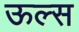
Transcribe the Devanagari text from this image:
ऊल्स